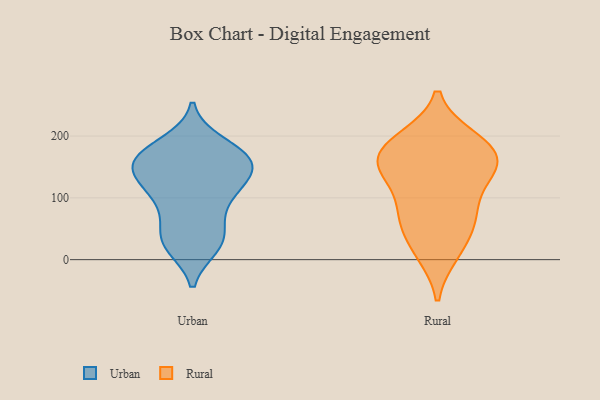
{"axis": {"x": "Satisfaction Score", "y": "Value"}, "legend": ["Rural", "Urban"], "data": [{"x": "", "y": 153, "type": "Urban"}, {"x": "", "y": 148, "type": "Urban"}, {"x": "", "y": 158, "type": "Urban"}, {"x": "", "y": 41, "type": "Urban"}, {"x": "", "y": 117, "type": "Urban"}, {"x": "", "y": 22, "type": "Urban"}, {"x": "", "y": 89, "type": "Urban"}, {"x": "", "y": 180, "type": "Urban"}, {"x": "", "y": 112, "type": "Urban"}, {"x": "", "y": 161, "type": "Urban"}, {"x": "", "y": 115, "type": "Urban"}, {"x": "", "y": 172, "type": "Urban"}, {"x": "", "y": 188, "type": "Urban"}, {"x": "", "y": 144, "type": "Urban"}, {"x": "", "y": 83, "type": "Urban"}, {"x": "", "y": 139, "type": "Urban"}, {"x": "", "y": 168, "type": "Urban"}, {"x": "", "y": 24, "type": "Urban"}, {"x": "", "y": 26, "type": "Urban"}, {"x": "", "y": 42, "type": "Urban"}, {"x": "", "y": 138, "type": "Rural"}, {"x": "", "y": 67, "type": "Rural"}, {"x": "", "y": 11, "type": "Rural"}, {"x": "", "y": 64, "type": "Rural"}, {"x": "", "y": 193, "type": "Rural"}, {"x": "", "y": 148, "type": "Rural"}, {"x": "", "y": 195, "type": "Rural"}, {"x": "", "y": 156, "type": "Rural"}, {"x": "", "y": 155, "type": "Rural"}, {"x": "", "y": 140, "type": "Rural"}, {"x": "", "y": 91, "type": "Rural"}, {"x": "", "y": 181, "type": "Rural"}, {"x": "", "y": 66, "type": "Rural"}, {"x": "", "y": 179, "type": "Rural"}, {"x": "", "y": 16, "type": "Rural"}]}